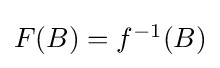
\textstyle F(B)=f^{-1}(B)